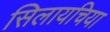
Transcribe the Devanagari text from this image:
सिलायचिया